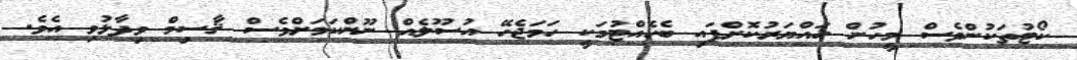
ކޯޓުތަކުންވެސް މީހުން ހައްޔަރުކޮށްފައި ބެހެއްޓުމަކީ ހަމަޖެހޭ އުސޫލެއް ނޫންކަމަށްވެސް ޤާސިމް ވިދާޅުވި އެވެ.